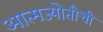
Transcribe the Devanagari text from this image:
आत्मज्योतीची